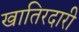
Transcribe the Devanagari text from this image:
खातिरदारी